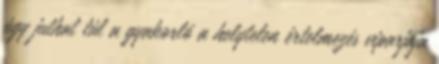
úgy juthat túl a gyakorló a helytelen értelmezés viparjaja